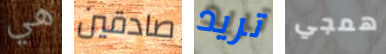
هي صادقين تريد همجي